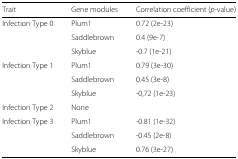
<table><thead><tr><td><b>Trait</b></td><td><b>Gene modules</b></td><td><b>Correlation coefficient (<i>p</i>-value)</b></td></tr></thead><tbody><tr><td>Infection Type 0</td><td>Plum1</td><td>0.72 (2e-23)</td></tr><tr><td></td><td>Saddlebrown</td><td>0.4 (9e-7)</td></tr><tr><td></td><td>Skyblue</td><td>-0.7 (1e-21)</td></tr><tr><td>Infection Type 1</td><td>Plum1</td><td>0.79 (3e-30)</td></tr><tr><td></td><td>Saddlebrown</td><td>0.45 (3e-8)</td></tr><tr><td></td><td>Skyblue</td><td>-0,72 (1e-23)</td></tr><tr><td>Infection Type 2</td><td>None</td><td></td></tr><tr><td>Infection Type 3</td><td>Plum1</td><td>-0.81 (1e-32)</td></tr><tr><td></td><td>Saddlebrown</td><td>-0.45 (2e-8)</td></tr><tr><td></td><td>Skyblue</td><td>0.76 (3e-27)</td></tr></tbody></table>